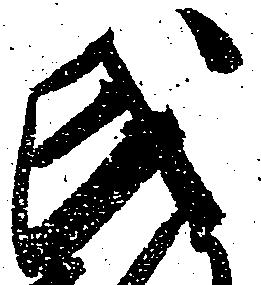
氏